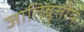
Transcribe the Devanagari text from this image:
जातिवृत्तीय